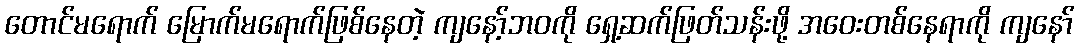
တောင်မရောက် မြောက်မရောက်ဖြစ်နေတဲ့ ကျနော့်ဘဝကို ရှေ့ဆက်ဖြတ်သန်းဖို့ အဝေးတစ်နေရာကို ကျနော်